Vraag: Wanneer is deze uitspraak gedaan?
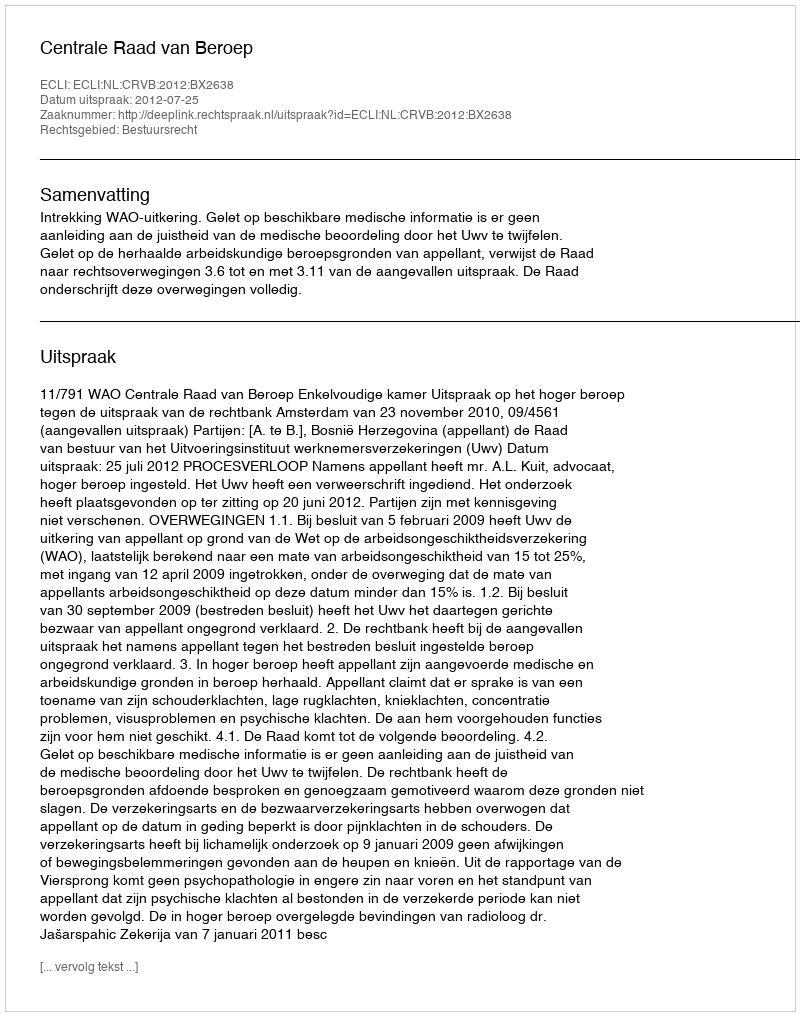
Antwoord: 2012-07-25